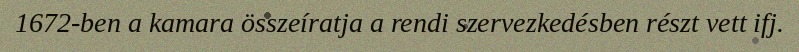
1672-ben a kamara összeíratja a rendi szervezkedésben részt vett ifj.